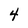
Character: 4